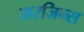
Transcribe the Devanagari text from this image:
सरजिन्स